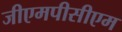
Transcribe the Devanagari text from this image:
जीएमपीसीएम